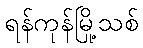
ရန်ကုန်မြို့သစ်